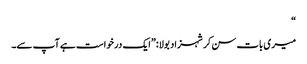
“
میری بات سن کر شہزاد بولا:”ایک درخواست ہے آپ سے۔